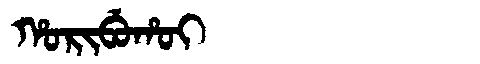
Manchu: ᡥᠣᡵᡳᠪᡠᡥᠣᡳ
Romanization: HORIBUHOI